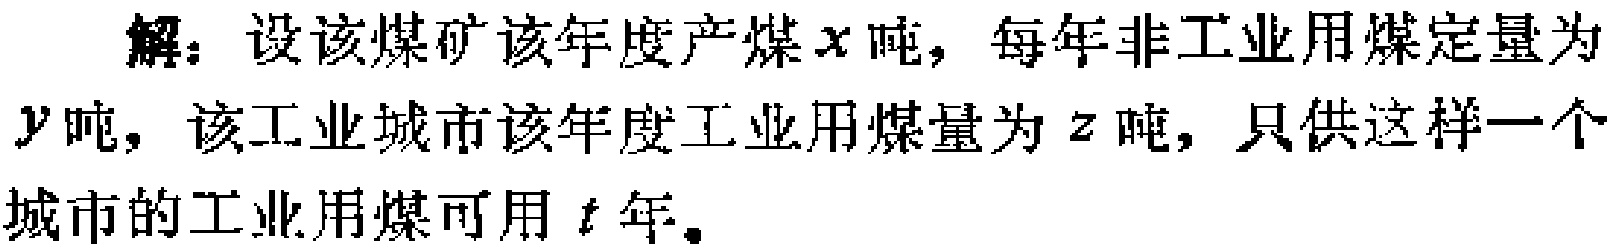
解：设该煤矿该年度产煤\(x\)吨，每年非工业用煤定量为\(y\)吨，该工业城市该年度工业用煤量为\(z\)吨，只供这样一个城市的工业用煤可用\(t\)年。